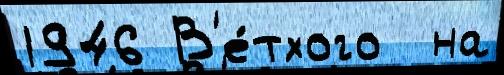
1946 В'е́тхого  на